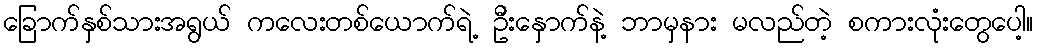
ခြောက်နှစ်သားအရွယ် ကလေးတစ်ယောက်ရဲ့ ဦးနှောက်နဲ့ ဘာမှနား မလည်တဲ့ စကားလုံးတွေပေါ့။